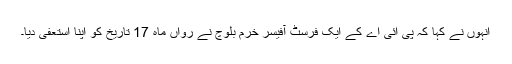
انہوں نے کہا کہ پی آئی اے کے ایک فرسٹ آفیسر خرم بلوچ نے رواں ماہ 17 تاریخ کو اپنا استعفیٰ دیا۔